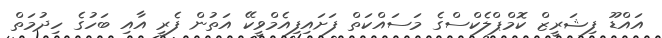
އައްޑޫ ފިޝަރީޒް ކޮމްޕްލެކްސްގެ މަސައްކަތް ފަށައިފިއެމްވީކޭ އަތުން ފެރީ އާއި ބަހުގެ ހިދުމަތް